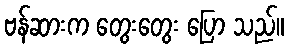
ဗန်ဆားက တွေးတွေး ပြော သည်။